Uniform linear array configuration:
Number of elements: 8
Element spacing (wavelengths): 0.5
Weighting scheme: cosine
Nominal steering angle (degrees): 15
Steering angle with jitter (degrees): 16.454
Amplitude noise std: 0.05
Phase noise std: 0.05

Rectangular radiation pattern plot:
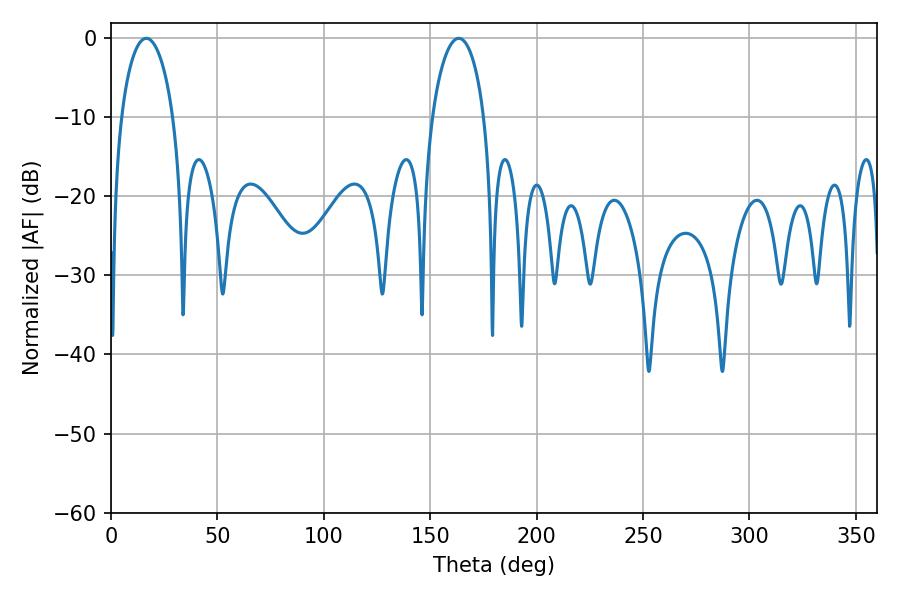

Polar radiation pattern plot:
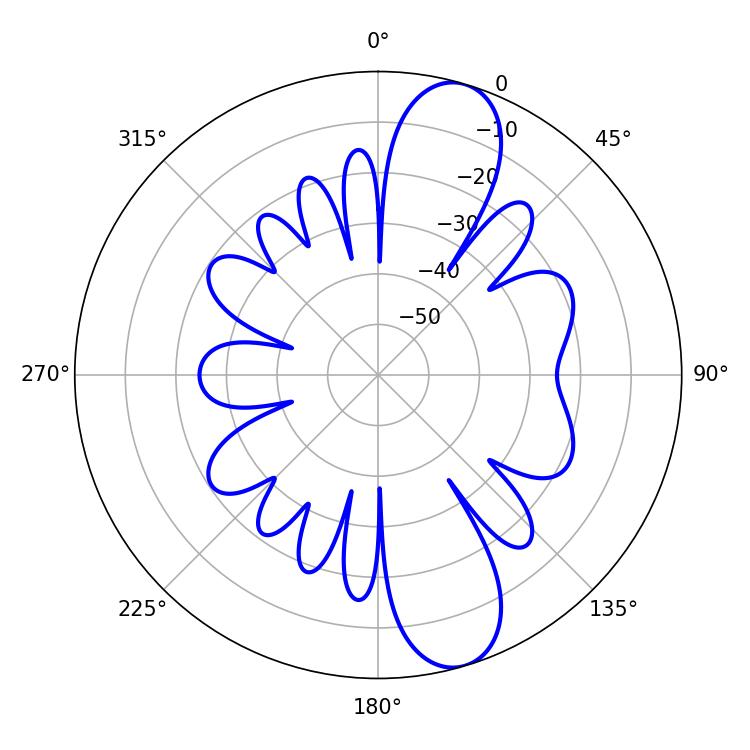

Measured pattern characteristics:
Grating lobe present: FALSE
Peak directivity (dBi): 11.141
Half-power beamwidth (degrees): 14.04
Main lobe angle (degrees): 16.56